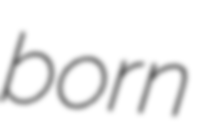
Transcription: born